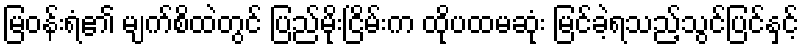
မြဝန်းရံ၏ မျက်စိထဲတွင် ပြည်မိုးငြိမ်းက ထိုပထမဆုံး မြင်ခဲ့ရသည့်သွင်ပြင်နှင့်